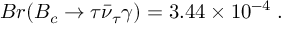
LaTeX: B r ( B _ { c } \to \tau \bar { \nu } _ { \tau } \gamma ) = 3 . 4 4 \times 1 0 ^ { - 4 } \; .